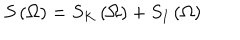
S \left( \Omega \right) = S _ { K } \left( \Omega \right) + S _ { I } \left( \Omega \right)